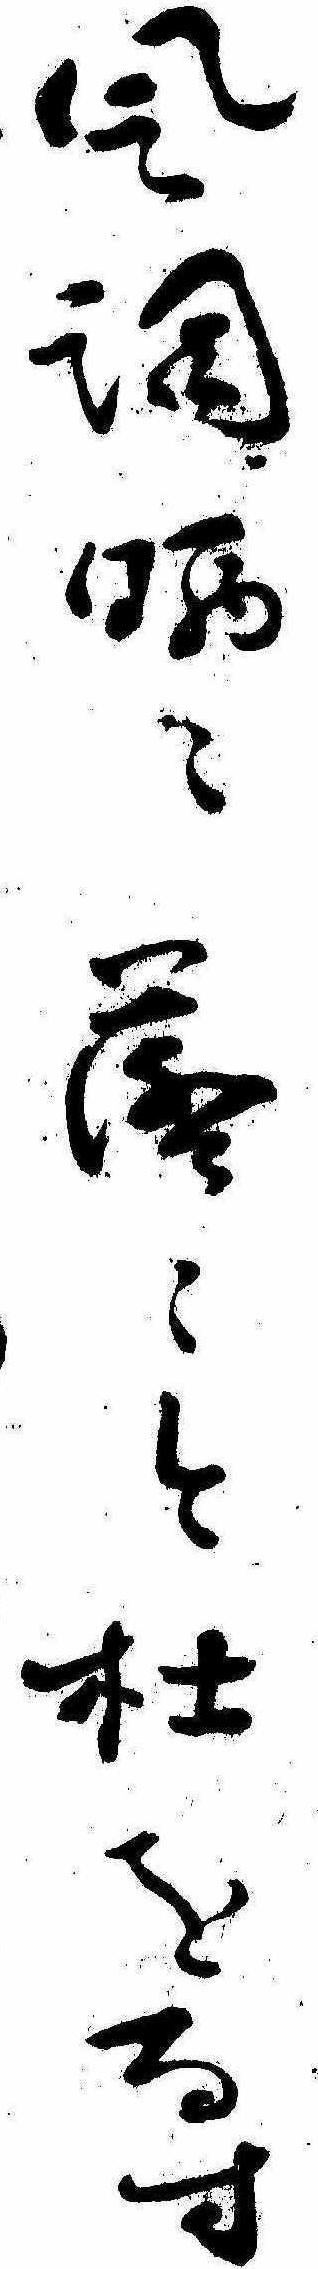
風調洒々落々と杜をなす